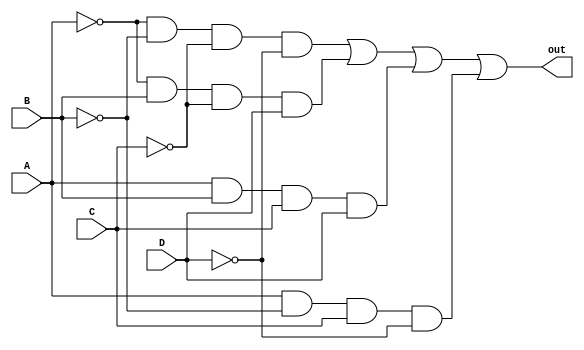
module F1 (
    input A, input B, input C, input D, output out
);
    assign out = ~A&~B&~C&~D | ~A&B&~C&D | A&B&C&D | A&~B&C&~D;
endmodule